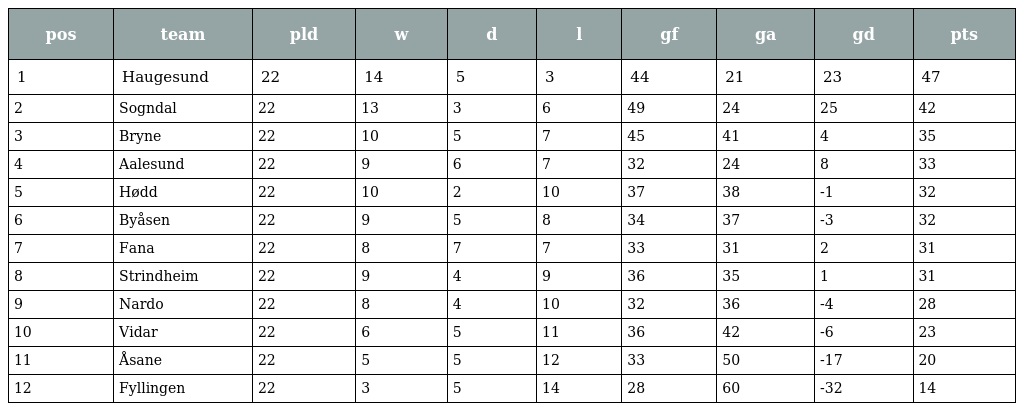
| pos | team | pld | w | d | l | gf | ga | gd | pts |
 | --- | --- | --- | --- | --- | --- | --- | --- | --- | --- |
 | 1 | Haugesund | 22 | 14 | 5 | 3 | 44 | 21 | 23 | 47 |
 | 2 | Sogndal | 22 | 13 | 3 | 6 | 49 | 24 | 25 | 42 |
 | 3 | Bryne | 22 | 10 | 5 | 7 | 45 | 41 | 4 | 35 |
 | 4 | Aalesund | 22 | 9 | 6 | 7 | 32 | 24 | 8 | 33 |
 | 5 | Hødd | 22 | 10 | 2 | 10 | 37 | 38 | -1 | 32 |
 | 6 | Byåsen | 22 | 9 | 5 | 8 | 34 | 37 | -3 | 32 |
 | 7 | Fana | 22 | 8 | 7 | 7 | 33 | 31 | 2 | 31 |
 | 8 | Strindheim | 22 | 9 | 4 | 9 | 36 | 35 | 1 | 31 |
 | 9 | Nardo | 22 | 8 | 4 | 10 | 32 | 36 | -4 | 28 |
 | 10 | Vidar | 22 | 6 | 5 | 11 | 36 | 42 | -6 | 23 |
 | 11 | Åsane | 22 | 5 | 5 | 12 | 33 | 50 | -17 | 20 |
 | 12 | Fyllingen | 22 | 3 | 5 | 14 | 28 | 60 | -32 | 14 |